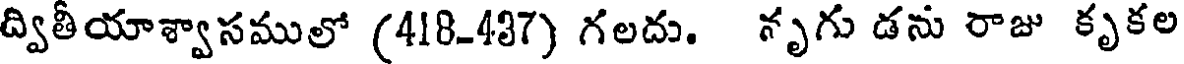
ద్వితీయాశ్వాసములో (418-437) గలదు. నృగు డను రాజు కృకల